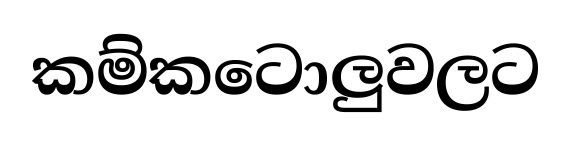
කම්කටොලුවලට